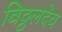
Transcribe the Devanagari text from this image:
विठ्ठलदेव